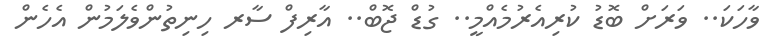
ވާހަކަ.. ވަރަށް ބޮޑު ކުރިއެރުމެއްމީ.. ގުޑް ޖޮބް.. އާރިފް ސާރ ހިނިތުންވެލަމުން އެހެން